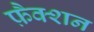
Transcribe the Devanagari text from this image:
फ़ैक्शन